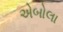
એબોલા